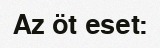
Az öt eset: